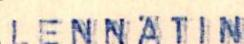
LENNÄTIN